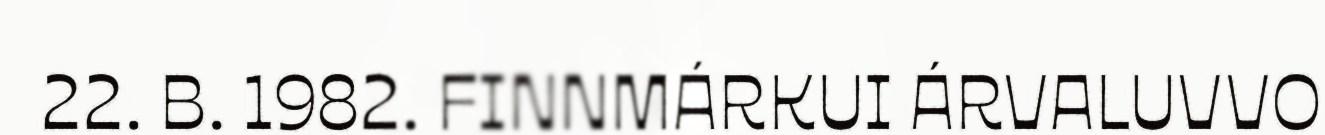
22. B. 1982. FINNMÁRKUI ÁRVALUVVO